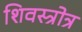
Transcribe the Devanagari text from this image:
शिवस्त्रोत्र